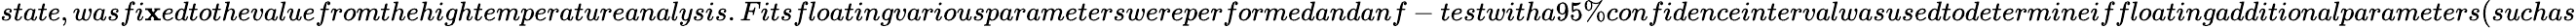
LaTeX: state,wasfi\mathbf{x}edtothevaluefromthehightemperatureanalysis.Fitsfloatingvariousparameterswereperformedandanf-testwitha95\% confidenceintervalwasusedtodetermineiffloatingadditionalparameters(suchas